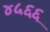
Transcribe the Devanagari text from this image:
४५६६